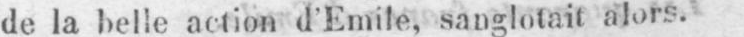
de la belle action d’Emile, sanglotait alors.